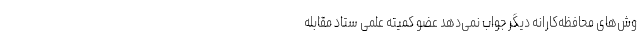
وش‌های محافظه‌کارانه دیگر جواب نمی‌دهد عضو کمیته علمی ستاد مقابله